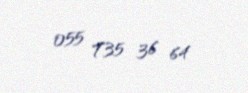
055 735 36 64